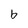
Character: b